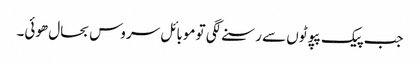
جب پیک پپوٹوں سے رسنے لگی تو موبائل سروس بحال ھوئی۔